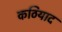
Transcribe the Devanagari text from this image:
कठियाद